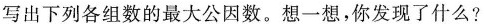
写出下列各组数的最大公因数。想一想，你发现了什么?